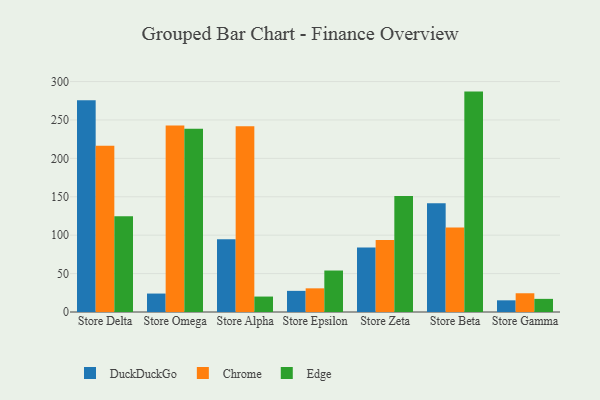
{"axis": {"x": "Store", "y": "Shipments"}, "legend": ["Chrome", "DuckDuckGo", "Edge"], "data": [{"x": "Store Delta", "y": 275.8, "type": "DuckDuckGo"}, {"x": "Store Delta", "y": 216.4, "type": "Chrome"}, {"x": "Store Delta", "y": 124.6, "type": "Edge"}, {"x": "Store Omega", "y": 24.0, "type": "DuckDuckGo"}, {"x": "Store Omega", "y": 242.9, "type": "Chrome"}, {"x": "Store Omega", "y": 238.4, "type": "Edge"}, {"x": "Store Alpha", "y": 94.7, "type": "DuckDuckGo"}, {"x": "Store Alpha", "y": 241.9, "type": "Chrome"}, {"x": "Store Alpha", "y": 20.1, "type": "Edge"}, {"x": "Store Epsilon", "y": 27.5, "type": "DuckDuckGo"}, {"x": "Store Epsilon", "y": 30.8, "type": "Chrome"}, {"x": "Store Epsilon", "y": 54.0, "type": "Edge"}, {"x": "Store Zeta", "y": 83.8, "type": "DuckDuckGo"}, {"x": "Store Zeta", "y": 93.7, "type": "Chrome"}, {"x": "Store Zeta", "y": 151.1, "type": "Edge"}, {"x": "Store Beta", "y": 141.7, "type": "DuckDuckGo"}, {"x": "Store Beta", "y": 110.1, "type": "Chrome"}, {"x": "Store Beta", "y": 286.9, "type": "Edge"}, {"x": "Store Gamma", "y": 15.2, "type": "DuckDuckGo"}, {"x": "Store Gamma", "y": 24.4, "type": "Chrome"}, {"x": "Store Gamma", "y": 17.1, "type": "Edge"}]}